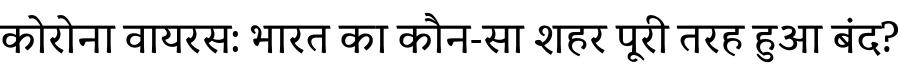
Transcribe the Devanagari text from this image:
कोरोना वायरस: भारत का कौन-सा शहर पूरी तरह हुआ बंद?